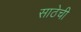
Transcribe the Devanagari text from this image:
साठेची